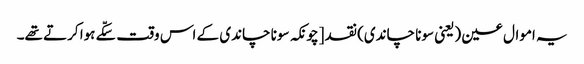
یہ اموال عین (یعنی سونا چاندی) نقد [چونکہ سونا چاندی کے اس وقت سکّے ہوا کرتے تھے۔